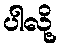
ပါလို့